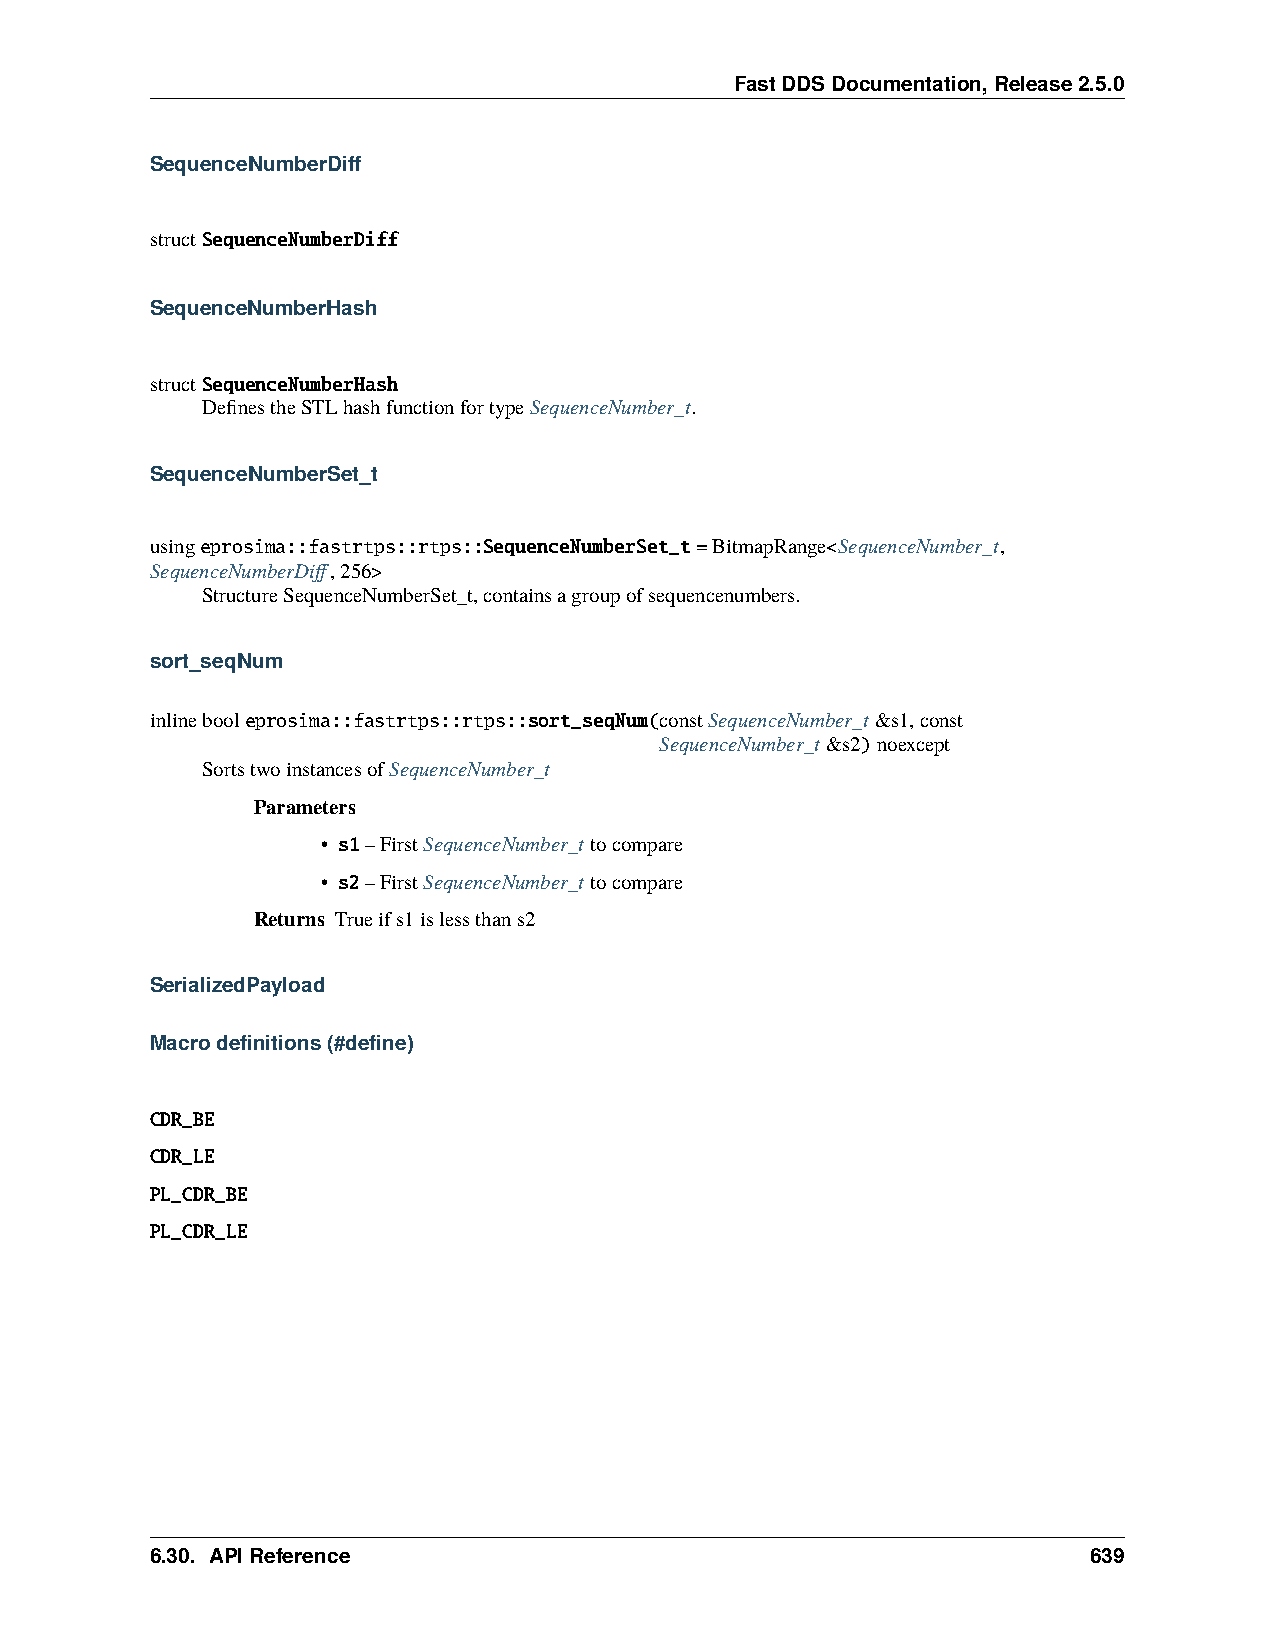
FastDDSDocumentation,Release2.5.0
 SequenceNumberDiff
 structSequenceNumberDiff
 SequenceNumberHash
 structSequenceNumberHash
 DefinestheSTLhashfunctionfortypeSequenceNumber_t.
 SequenceNumberSet_t
 usingeprosima::fastrtps::rtps::SequenceNumberSet_t=BitmapRange<SequenceNumber_t,
 SequenceNumberDiff,256>
 StructureSequenceNumberSet_t,containsagroupofsequencenumbers.
 sort_seqNum
 inlinebooleprosima::fastrtps::rtps::sort_seqNum(constSequenceNumber_t&s1,const
 SequenceNumber_t&s2)noexcept
 SortstwoinstancesofSequenceNumber_t
 Parameters
 • s1–FirstSequenceNumber_ttocompare
 • s2–FirstSequenceNumber_ttocompare
 Returns Trueifs1islessthans2
 SerializedPayload
 Macrodefinitions(#define)
 CDR_BE
 CDR_LE
 PL_CDR_BE
 PL_CDR_LE
 6.30. APIReference                                            639